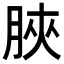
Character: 脥